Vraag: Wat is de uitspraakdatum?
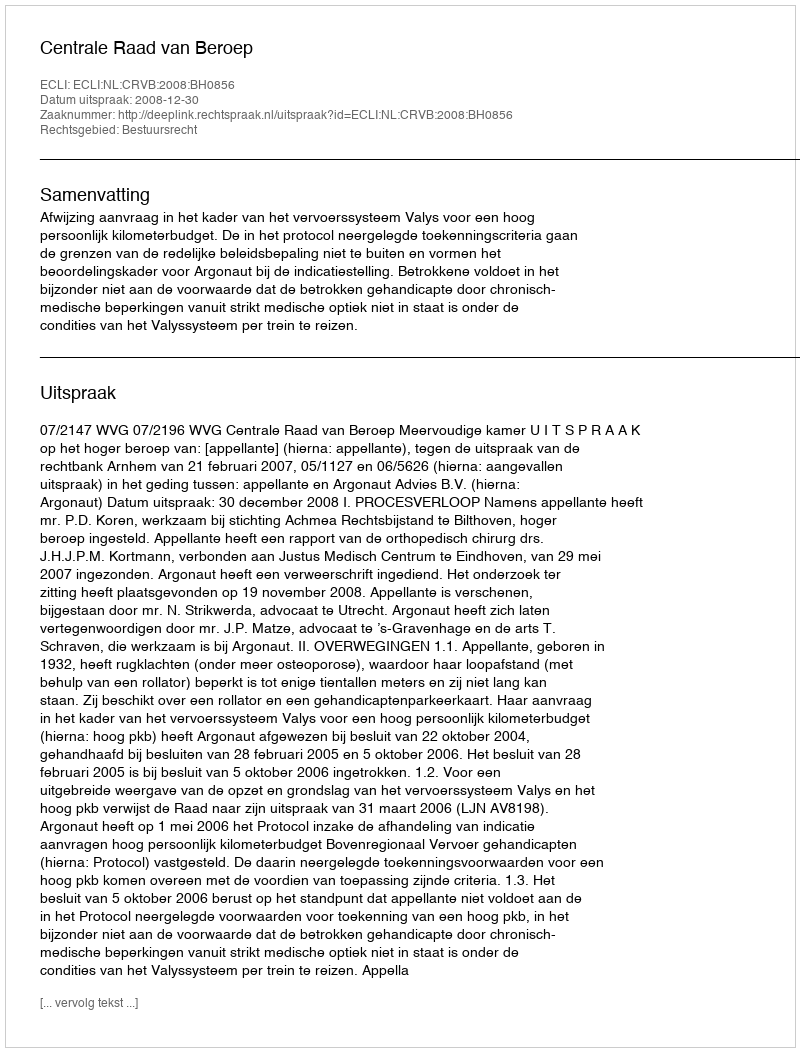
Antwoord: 2008-12-30